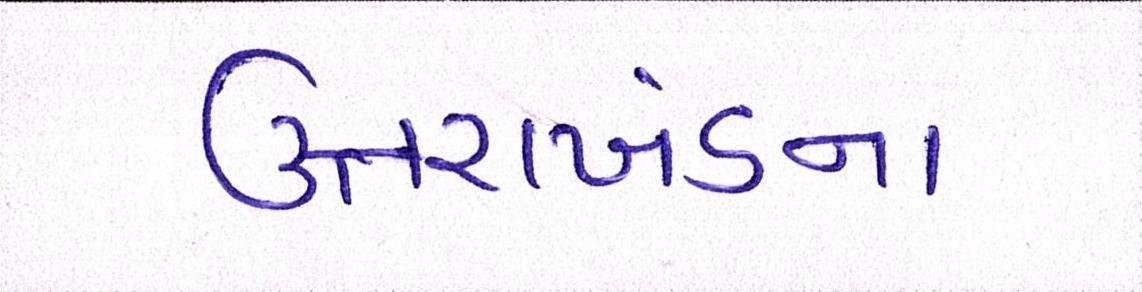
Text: ઉત્તરાખંડના